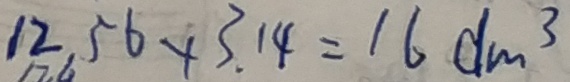
1 2 . 5 6 \times 3 . 1 4 = 1 6 d m ^ { 3 }